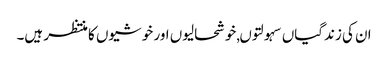
ان کی زندگیاں سہولتوں,خوشحالیوں اور خوشیوں کا منتظر ہیں۔